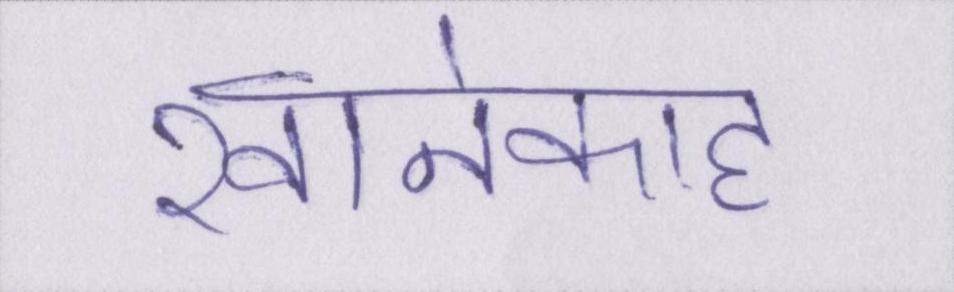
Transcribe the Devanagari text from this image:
खानेकाह